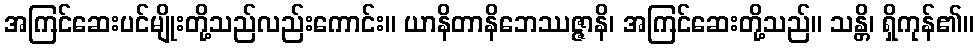
အကြင်ဆေးပင်မျိုးတို့သည်လည်းကောင်း။ ယာနိတာနိဘေဿဇ္ဇာနိ၊ အကြင်ဆေးတို့သည်။ သန္တိ၊ ရှိကုန်၏။